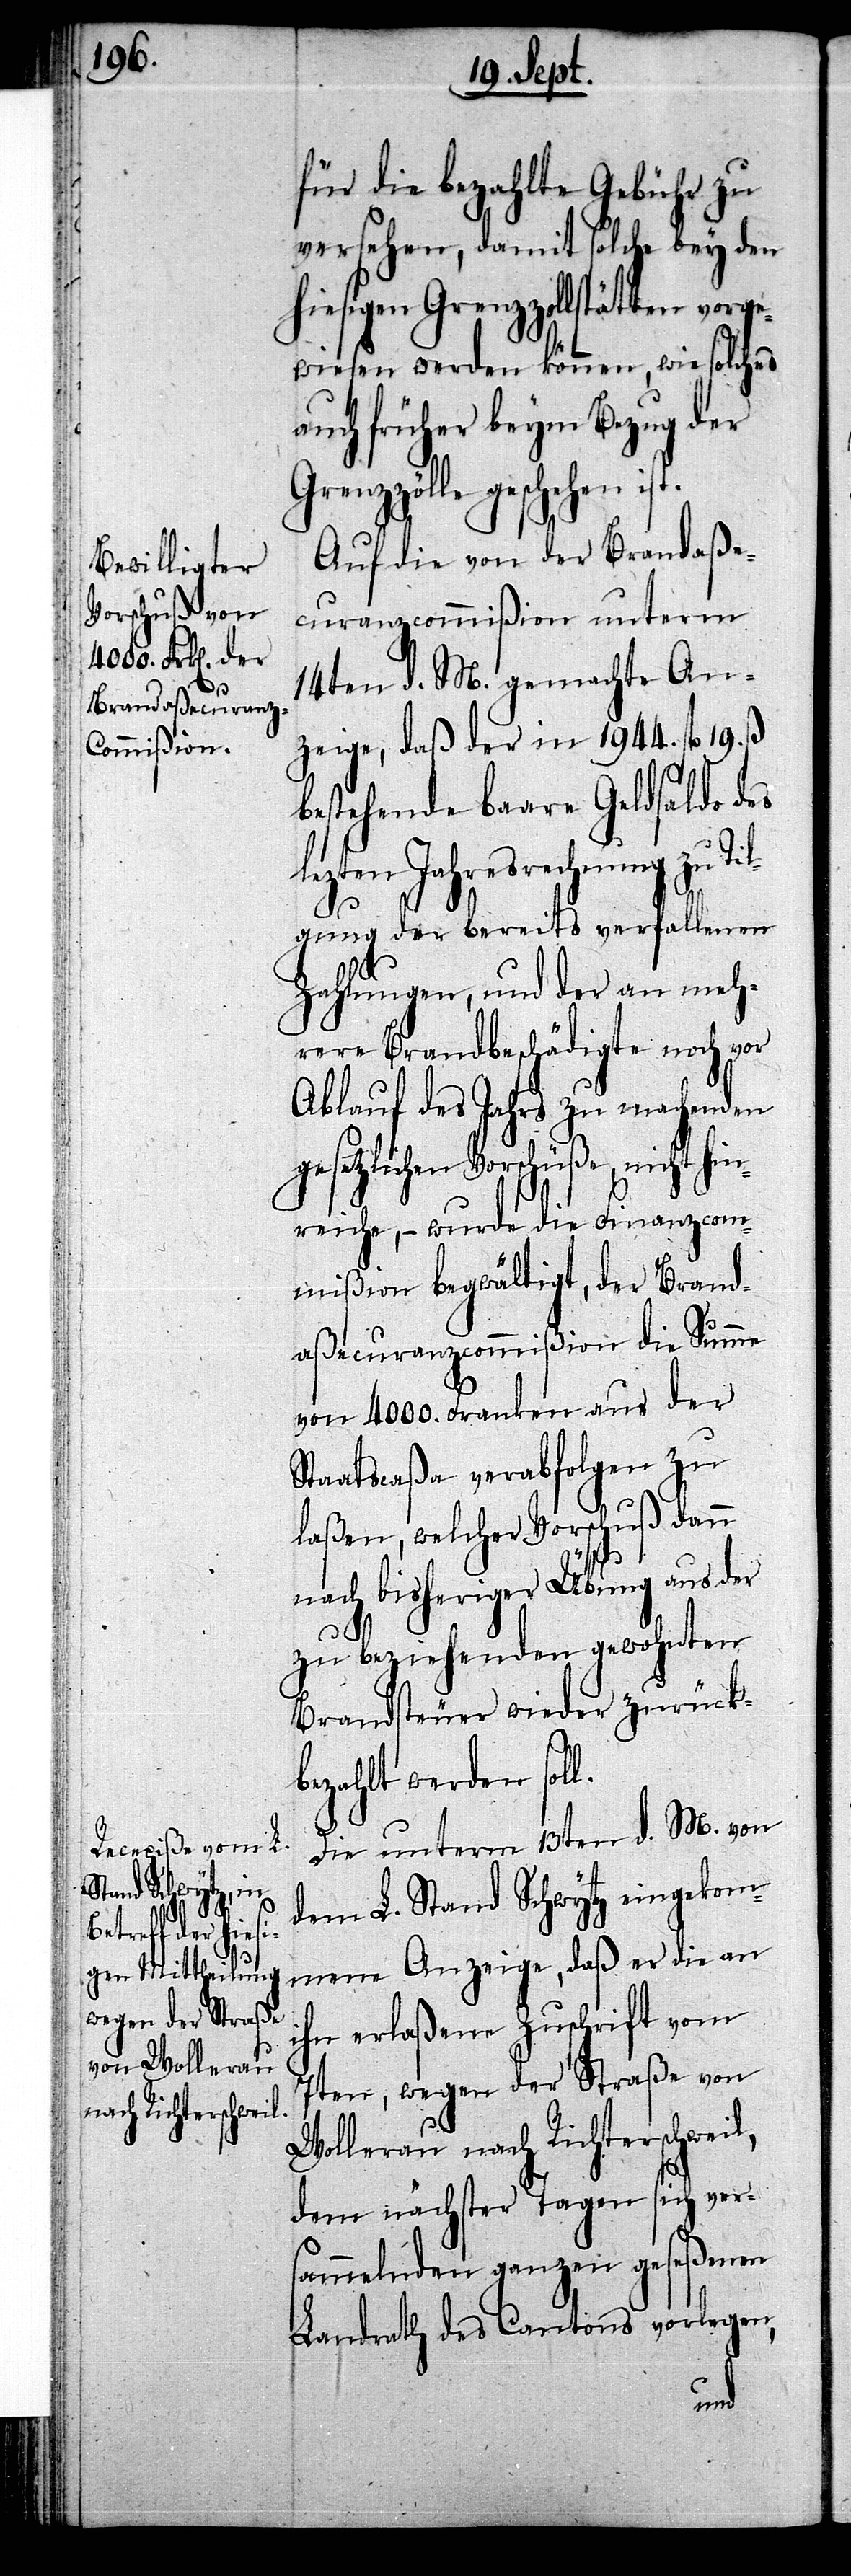
ten vorge¬

für die bezahlte Gebühr zu
versehen, damit solche bey den
hiesigen Grenzzollstät¬
wiesen werden können, wie solches
auch früher beym Bezug der
Grenzzölle geschehen ist.
Auf die von der Brandaße¬
curanzcommißion unterm
14ten d. M. gemachte An¬
zeige, daß der in 1944. fl 19. ß
bestehende baare Geldsaldo des
lezten Jahresrechnung zu Ti¬
lgung der bereits verfallenen
Zahlungen, und der an meh¬
rere Brandbeschädigte noch vor
Ablauf des Jahres zu machenden
gesetzlichen Vorschüße nicht hin¬
reiche, – wurde die Finanzcom¬
mißion begwältigt, der Brand¬
aßecuranzcommißion die Summe
von 4000. Franken aus der
Staatscaßa verabfolgen zu
laßen, welcher Vorschuß dann
nach bisheriger Übung aus der
zu beziehenden gewohnten
Brandsteuer wieder zurück¬
bezahlt werden sol¬
l.
Die unterm 13ten d. M. von
dem L. Stand Schwytz eingekom¬
mene Anzeige, daß er die an
ihn erlaßene Zuschrift vom
7ten, wegen der Straße von
Wollerau nach Richterschweil,
dem nächster Tagen sich ver¬
sammelnden ganzen geseßenen
Landrath des Cantons vorlegen,